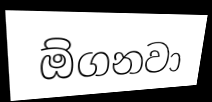
ඕගනවා